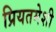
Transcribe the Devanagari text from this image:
प्रियतमेशी